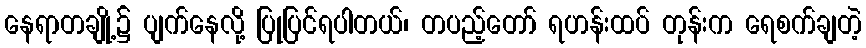
နေရာတချို့၌ ပျက်နေလို့ ပြုပြင်ရပါတယ်၊ တပည့်တော် ရဟန်းထပ် တုန်းက ရေစက်ချတဲ့